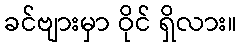
ခင်ဗျားမှာ ဝိုင် ရှိလား။